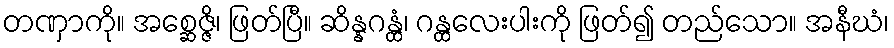
တဏှာကို။ အစ္ဆေဇ္ဇိ၊ ဖြတ်ပြီ။ ဆိန္နဂန္ထံ၊ ဂန္ထလေးပါးကို ဖြတ်၍ တည်သော။ အနီဃံ၊